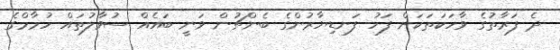
ދެ ފަރާތުގެ ވާހަކަތަކަށް ފަހު ފަނޑިޔާރުންގެ ބެންޗުން ވަނީ ބައެއް ސުވާލުތައް ހުމާމްގެ